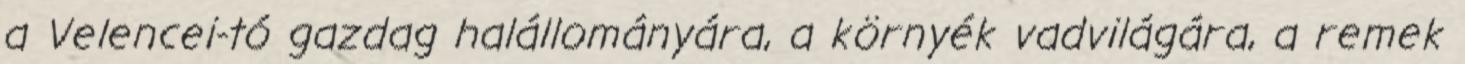
a Velencei-tó gazdag halállományára, a környék vadvilágára, a remek